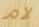
لام